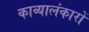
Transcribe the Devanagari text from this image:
काव्यालंकारों